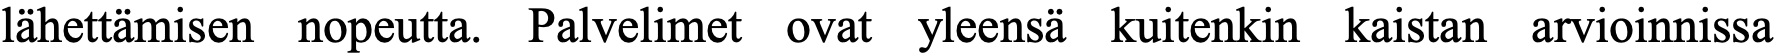
lähettämisen nopeutta. Palvelimet ovat yleensä kuitenkin kaistan arvioinnissa